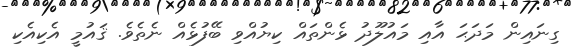
ގިނައިން މަދަޙަ އާއި މައުލޫދު ޅެންތައް ކިޔުއްވި ބޭފުޅެއް ނެތެވެ. ޤައުމީ އެކިއެކި